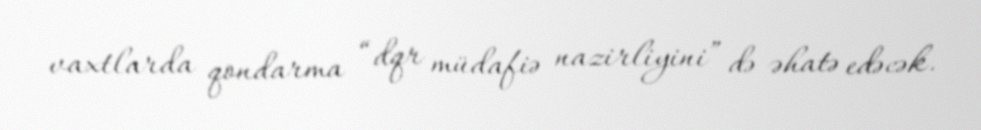
vaxtlarda qondarma “dqr müdafiə nazirliyini” də əhatə edəcək.